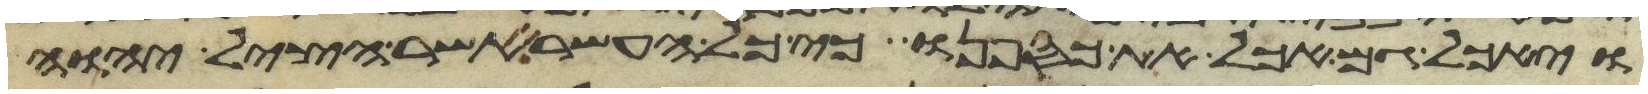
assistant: ויאכל גם אכל את כספנו כי כל העשר אשר הציל יהוה